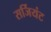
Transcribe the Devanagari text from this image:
सर्जियंट